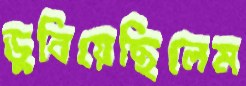
ডুবিয়েছিলেম